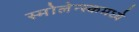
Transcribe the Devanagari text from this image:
स्मोलेन्स्कमध्ये